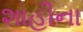
શાહીના